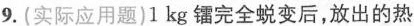
9. (实际应用题)1 kg 镭完全蜕变后，放出的热